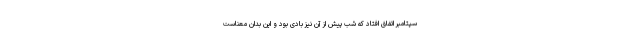
سپتامبر اتفاق افتاد که شب پیش از آن نیز بادی بود و این بدان معناست